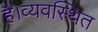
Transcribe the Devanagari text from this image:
है।व्यवस्थित